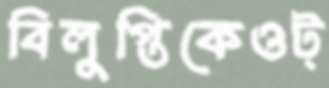
বিলুপ্তিকেওট্